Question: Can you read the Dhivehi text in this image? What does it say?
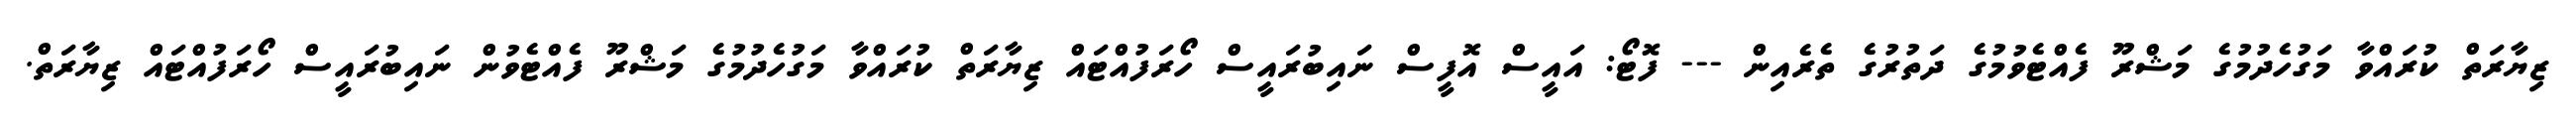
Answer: ޒިޔާރަތް ކުރައްވާ މަގުހެދުމުގެ މަޝްރޫ ފެއްޓެވުމުގެ ދަތުރުގެ ތެރެއިން --- ފޮޓޯ: އައީސް އޮފީސް ނައިބުރައީސް ހޯރަފުއްޓައް ޒިޔާރަތް ކުރައްވާ މަގުހެދުމުގެ މަޝްރޫ ފެއްޓެވުން ނައިބުރައީސް ހޯރަފުއްޓައް ޒިޔާރަތް.